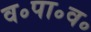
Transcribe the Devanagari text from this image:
व॰पा॰व॰